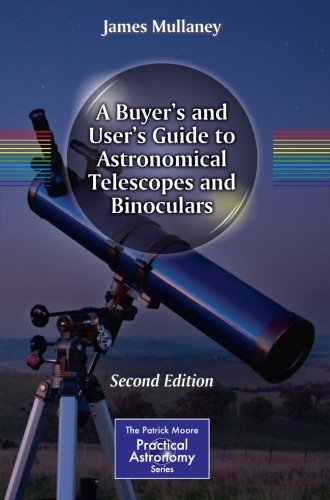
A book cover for A Buyer's and User's Guide to Astronomical Telescopes and Binoculars (The Patrick Moore Practical Astronomy Series); James Mullaney; Science & Math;